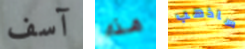
آسف هذه ساذهب